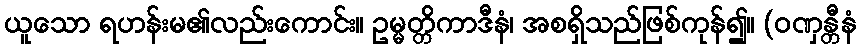
ယူသော ရဟန်းမ၏လည်းကောင်း။ ဥမ္မတ္တိကာဒီနံ၊ အစရှိသည်ဖြစ်ကုန်၍။ (ဝဏှန္တီနံ